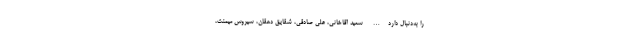
را به‌دنبال دارد… سعید آقاخانی، علی صادقی، شقایق دهقان، سیروس میمنت،